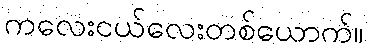
ကလေးငယ်လေးတစ်ယောက်။